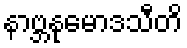
နာဗ္ဘနုမောဒသီတိ